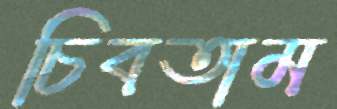
চিবতাম